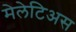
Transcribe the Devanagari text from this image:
मेलेटिअस